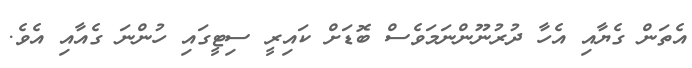
އެތަން ގެޔާއި އެހާ ދުރުނޫންނަމަވެސް ބޮޑަށް ކައިރީ ސިޓީގައި ހުންނަ ގެއާއި އެވެ.